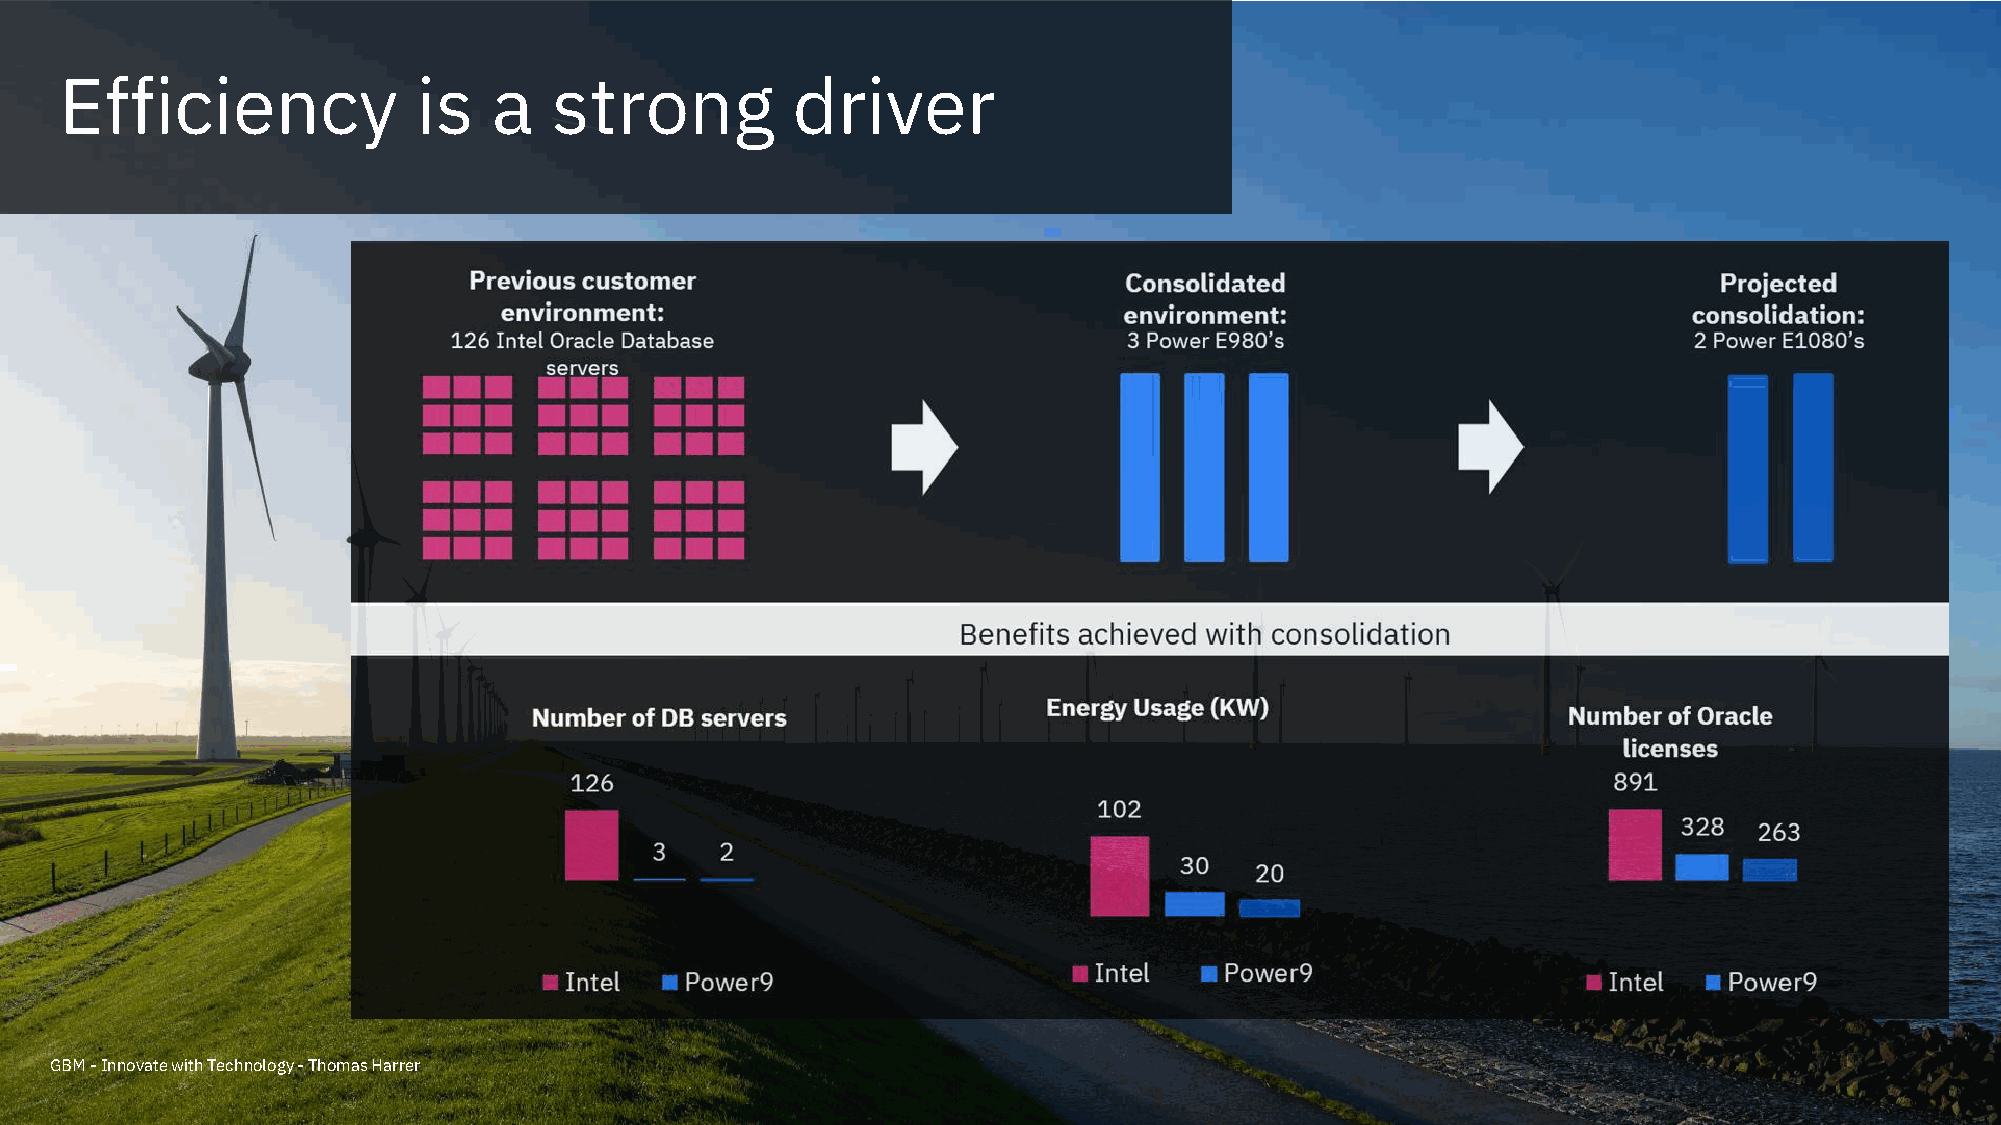
Efficiency              is   a   strong         driver
 GBM -Innovate with Technology -Thomas Harrer